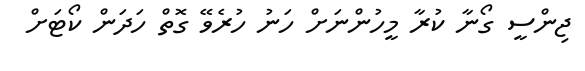
ޖިންސީ ގޯނާ ކުރާ މީހުންނަށް ހަނު ހުރެވޭ ގޮތް ހަދަން ކޯޓަށް